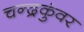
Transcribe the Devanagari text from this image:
चन्द्रकुंवर